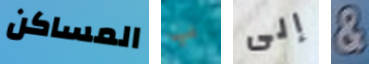
المساكن ب إلى &